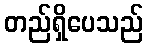
တည်ရှိပေသည်